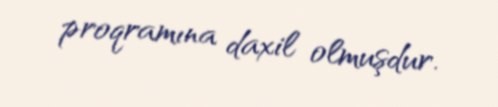
proqramına daxil olmuşdur.